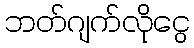
ဘတ်ဂျက်လိုငွေ